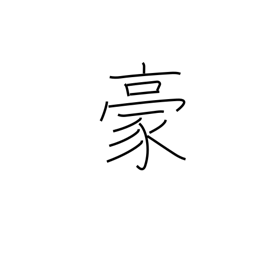
Meaning: overpowering